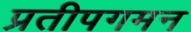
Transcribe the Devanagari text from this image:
प्रतीपगमन